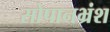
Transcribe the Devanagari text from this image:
सोपानभ्रंश